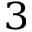
^ { 3 }